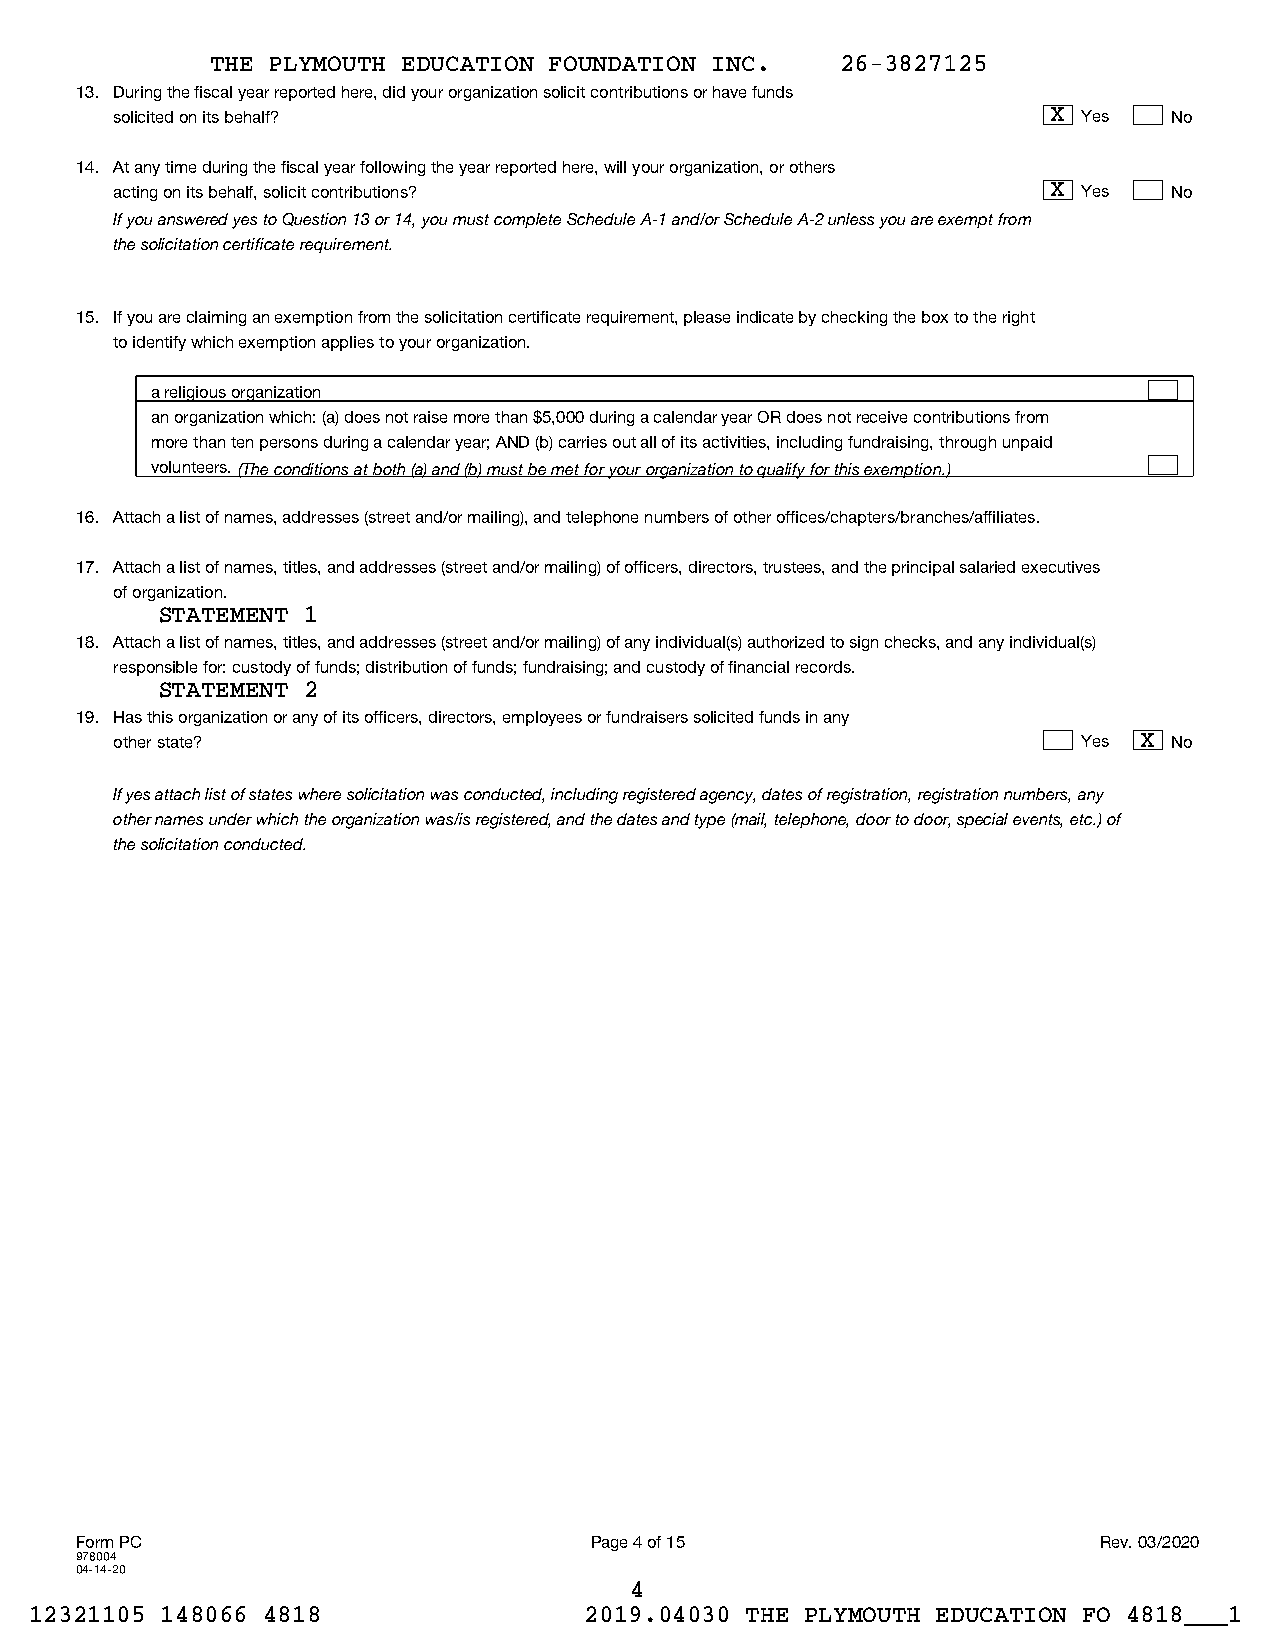
THE PLYMOUTH EDUCATION FOUNDATION INC.    26-3827125
 13. During the fiscal year reported here, did your organization solicit contributions or have funds
 solicited on its behalf?                                      X Yes   No
 14. At any time during the fiscal year following the year reported here, will your organization, or others
 acting on its behalf, solicit contributions?                  X Yes   No
 If you answered yes to Question 13 or 14, you must complete Schedule A-1 and/or Schedule A-2 unless you are exempt from
 the solicitation certificate requirement.
 15. If you are claiming an exemption from the solicitation certificate requirement, please indicate by checking the box to the right
 to identify which exemption applies to your organization.
 a religious organization
 an organization which: (a) does not raise more than $5,000 during a calendar year OR does not receive contributions from
 more than ten persons during a calendar year; AND (b) carries out all of its activities, including fundraising, through unpaid
 volunteers. (The conditions at both (a) and (b) must be met for your organization to qualify for this exemption.)
 16. Attach a list of names, addresses (street and/or mailing), and telephone numbers of other offices/chapters/branches/affiliates.
 17. Attach a list of names, titles, and addresses (street and/or mailing) of officers, directors, trustees, and the principal salaried executives
 of organization.
 STATEMENT 1
 18. Attach a list of names, titles, and addresses (street and/or mailing) of any individual(s) authorized to sign checks, and any individual(s)
 responsible for: custody of funds; distribution of funds; fundraising; and custody of financial records.
 STATEMENT 2
 19. Has this organization or any of its officers, directors, employees or fundraisers solicited funds in any
 other state?                                                    Yes X No
 If yes attach list of states where solicitation was conducted, including registered agency, dates of registration, registration numbers, any
 other names under which the organization was/is registered, and the dates and type (mail, telephone, door to door, special events, etc.) of
 the solicitation conducted.
 Form PC                           Page 4 of 15                      Rev. 03/2020
 978004
 04-14-20
 4
 12321105 148066 4818                 2019.04030 THE PLYMOUTH EDUCATION FO 4818___1